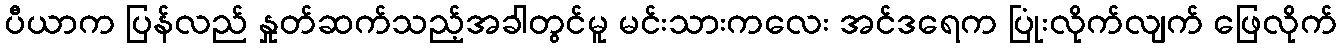
ပီယာက ပြန်လည် နှုတ်ဆက်သည့်အခါတွင်မူ မင်းသားကလေး အင်ဒရေက ပြုံးလိုက်လျက် ဖြေလိုက်